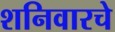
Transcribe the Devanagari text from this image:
शनिवारचे